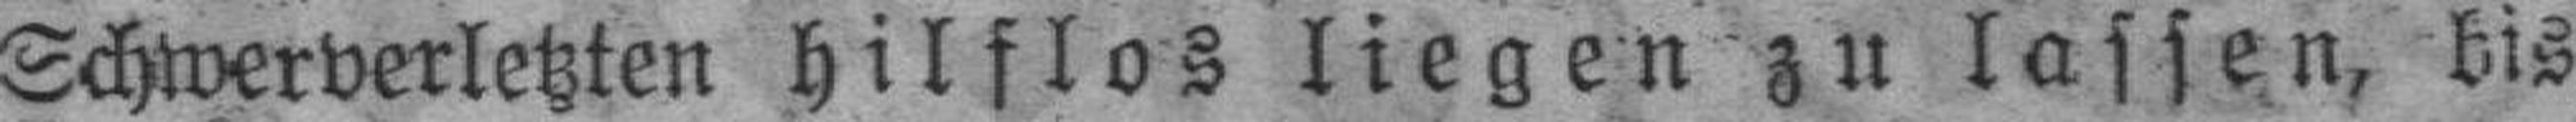
Schwerverletzten hilflos liegen zu lassen, bis